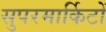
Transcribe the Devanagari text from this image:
सुपरमार्किटों